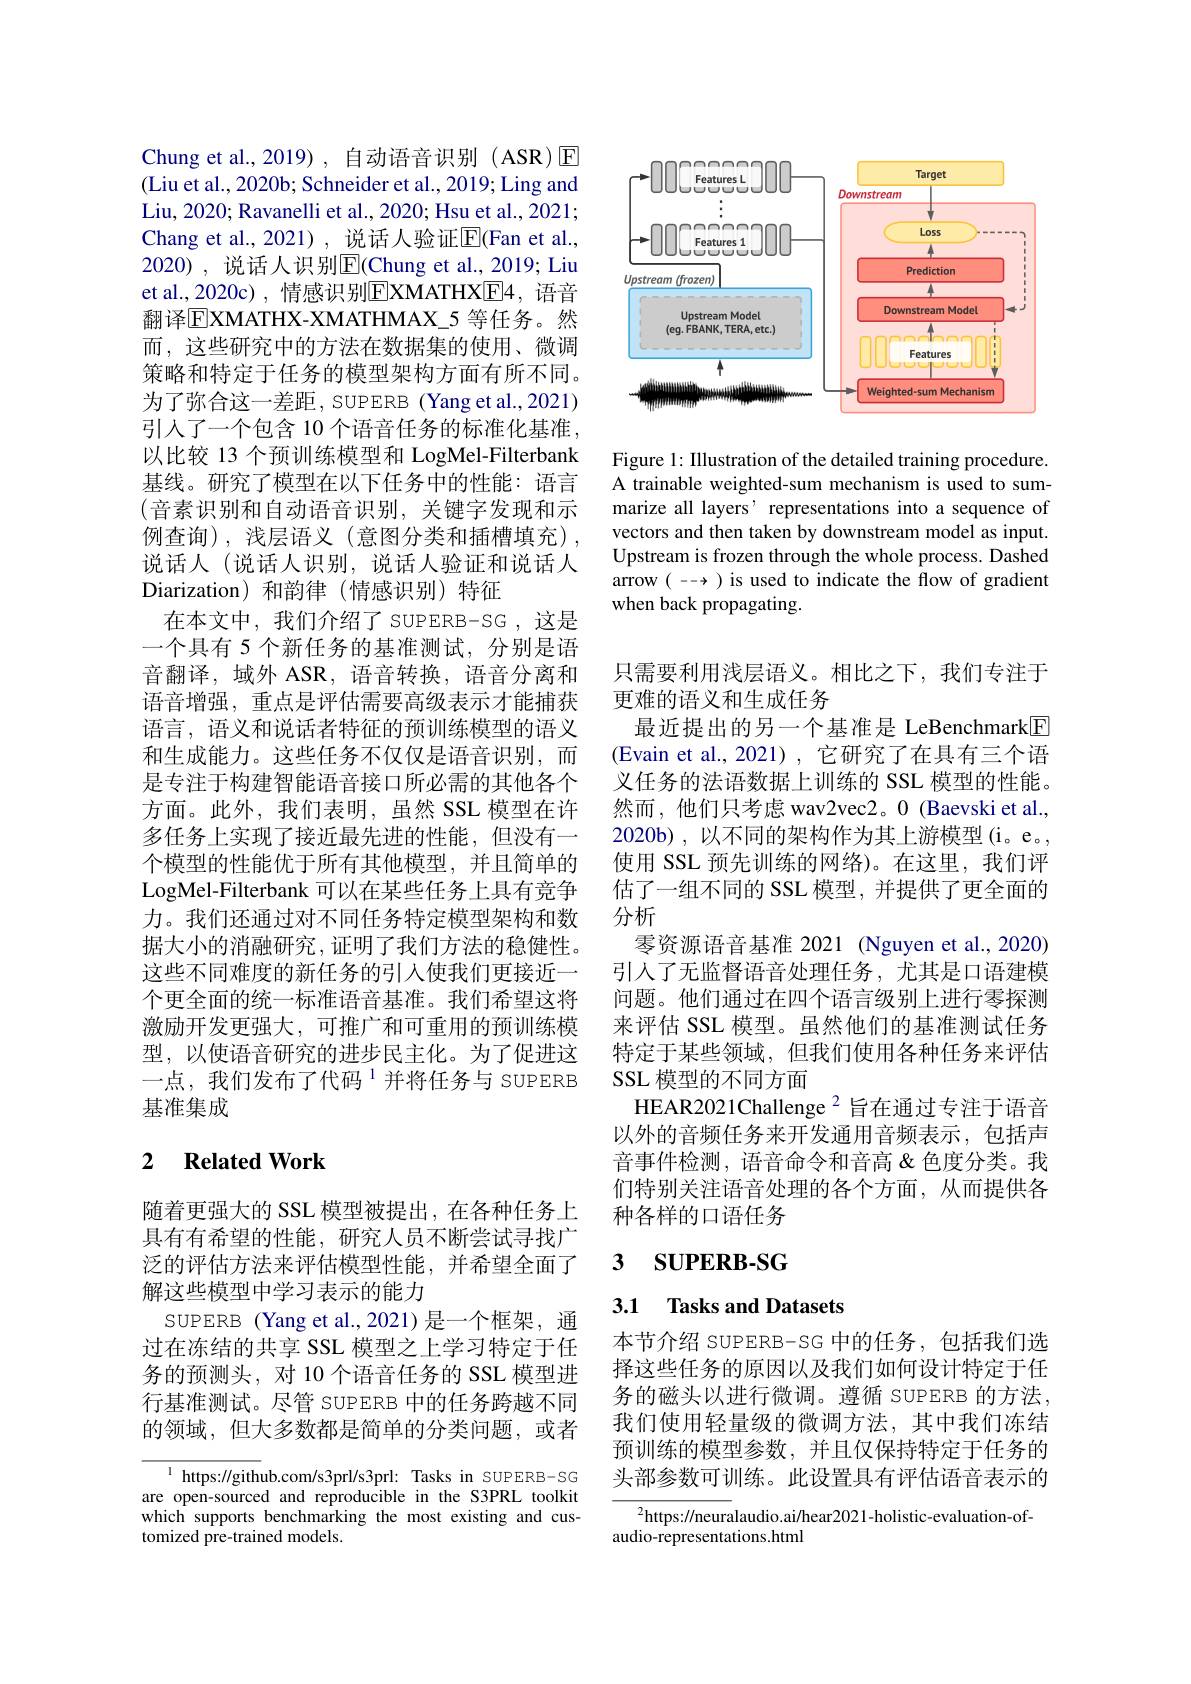
Chung et al., 2019) , 自动语音识别 (ASR) E (Liu et al., 2020b; Schneider et al., 2019; Ling and Liu, 2020; Ravanelli et al., 2020; Hsu et al., 2021; Chang et al.,2021),说话人验证$\overline{\mathrm{E}}($Fan et al., 2020), 说话人识别$\overline{\mathrm{E}}($Chung et al., 2019; Liu et al.,2020c),情感识别$\boxed{\mathrm{E}}$XMATHX$\boxed{\mathrm{F}}4$,语音翻译$\boxed{\mathrm{E}}$XMATHX-XMATHMAX\_5 等任务。然而，这些研究中的方法在数据集的使用、微调策略和特定于任务的模型架构方面有所不同。为了弥合这一差距，SUPERB (Yang et al.,2021) 引人了一个包含 10 个语音任务的标准化基准， 以比较 13 个预训练模型和 LogMel-Filterbank 基线。研究了模型在以下任务中的性能：语言(音素识别和自动语音识别，关键字发现和示例查询),浅层语义(意图分类和插槽填充), 说话人(说话人识别，说话人验证和说话人Diarization)和韵律(情感识别)特征
在本文中，我们介绍了 SUPERB-SG ,这是一个具有 5 个新任务的基准测试，分别是语音翻译，域外 ASR, 语音转换，语音分离和语音增强，重点是评估需要高级表示才能捕获语言，语义和说话者特征的预训练模型的语义和生成能力。这些任务不仅仅是语音识别，而是专注于构建智能语音接口所必需的其他各个方面。此外，我们表明，虽然 SSL 模型在许多任务上实现了接近最先进的性能，但没有一个模型的性能优于所有其他模型，并且简单的LogMel-Filterbank 可以在某些任务上具有竞争力。我们还通过对不同任务特定模型架构和数据大小的消融研究，证明了我们方法的稳健性。这些不同难度的新任务的引入使我们更接近一个更全面的统一标准语音基准。我们希望这将激励开发更强大，可推广和可重用的预训练模型，以使语音研究的进步民主化。为了促进这一点，我们发布了代码$^{1}$并将任务与 SUPERB 基准集成

## 2 $\textbf{Related Work}$

随着更强大的 SSL 模型被提出，在各种任务上具有有希望的性能，研究人员不断尝试寻找广泛的评估方法来评估模型性能，并希望全面了解这些模型中学习表示的能力
SUPERB (Yang et al.,2021)是一个框架，通过在冻结的共享 SSL 模型之上学习特定于任务的预测头，对 10 个语音任务的 SSL 模型进行基准测试。尽管 SUPERB 中的任务跨越不同的领域，但大多数都是简单的分类问题，或者

$^{1}$ https://github.com/s3prl/s3prl: Tasks in SUPERB-SG are open-sourced and reproducible in the S3PRL toolkit which supports benchmarking the most existing and customized pre-trained models.

<FigureHere>

Figure 1: Illustration of the detailed training procedure. A trainable weighted-sum mechanism is used to summarize all layers' representations into a sequence of vectors and then taken by downstream model as input. Upstream is frozen through the whole process. Dashed arrow ( -- ) is used to indicate the flow of gradient when back propagating.

只需要利用浅层语义。相比之下，我们专注于
更难的语义和生成任务
最近提出的另一个基准是 LeBenchmark$\boxed{\mathrm{F}}$ (Evain et al., 2021), 它研究了在具有三个语义任务的法语数据上训练的 SSL 模型的性能。然而，他们只考虑 wav2vec2。0 (Baevski et al., 2020b) ,以不同的架构作为其上游模型(i。e。, 使用 SSL 预先训练的网络)。在这里，我们评估了一组不同的 SSL 模型，并提供了更全面的分析
零资源语音基准 2021 (Nguyen et al., 2020) 引入了无监督语音处理任务，尤其是口语建模问题。他们通过在四个语言级别上进行零探测来评估 SSL 模型。虽然他们的基准测试任务特定于某些领域，但我们使用各种任务来评估SSL 模型的不同方面
HEAR2021Challenge $^{2}$旨在通过专注于语音以外的音频任务来开发通用音频表示，包括声音事件检测，语音命令和音高&色度分类。我们特别关注语音处理的各个方面，从而提供各种各样的口语任务

# 3 $\mathbf{SUPERB- SG}$

## 3.1 Tasks and Datasets

本节介绍 SUPERB-SG 中的任务，包括我们选择这些任务的原因以及我们如何设计特定于任务的磁头以进行微调。遵循 SUPERB 的方法， 我们使用轻量级的微调方法，其中我们冻结预训练的模型参数，并且仅保持特定于任务的头部参数可训练。此设置具有评估语音表示的

$^2$https://neuralaudio.ai/hear2021-holistic-evaluation-of-
audio-representations.html